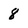
Character: 8